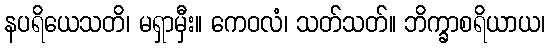
နပရိယေသတိ၊ မရှာမှီး။ ကေဝလံ၊ သတ်သတ်။ ဘိက္ခာစရိယာယ၊